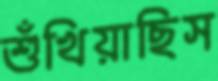
শুঁখিয়াছিস